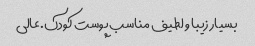
بسیار زیبا و لطیف مناسب پوست کودک.عالی